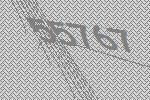
55767